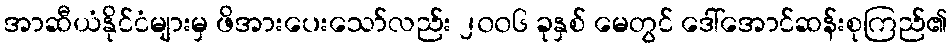
အာဆီယံနိုင်ငံများမှ ဖိအားပေးသော်လည်း ၂၀၀၆ ခုနှစ် မေတွင် ဒေါ်အောင်ဆန်းစုကြည်၏